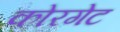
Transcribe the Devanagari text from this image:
कोरगेट